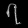
Digit: ၇